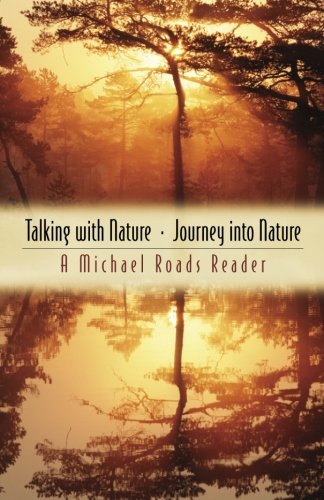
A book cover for Talking with Nature and Journey into Nature; Michael J. Roads; Religion & Spirituality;